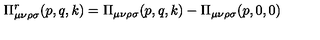
\Pi _ { \mu \nu \rho \sigma } ^ { r } ( p , q , k ) = \Pi _ { \mu \nu \rho \sigma } ( p , q , k ) - \Pi _ { \mu \nu \rho \sigma } ( p , 0 , 0 )